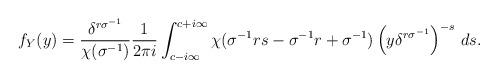
LaTeX: \begin{align*}f_Y(y)=\frac{\delta^{r\sigma^{-1}}}{\chi(\sigma^{-1})}\frac{1}{2\pi i}\int_{c-i\infty}^{c+i\infty}\chi(\sigma^{-1}rs-\sigma^{-1}r+\sigma^{-1}) \left(y\delta^{r\sigma^{-1}}\right)^{-s}\,ds.\end{align*}